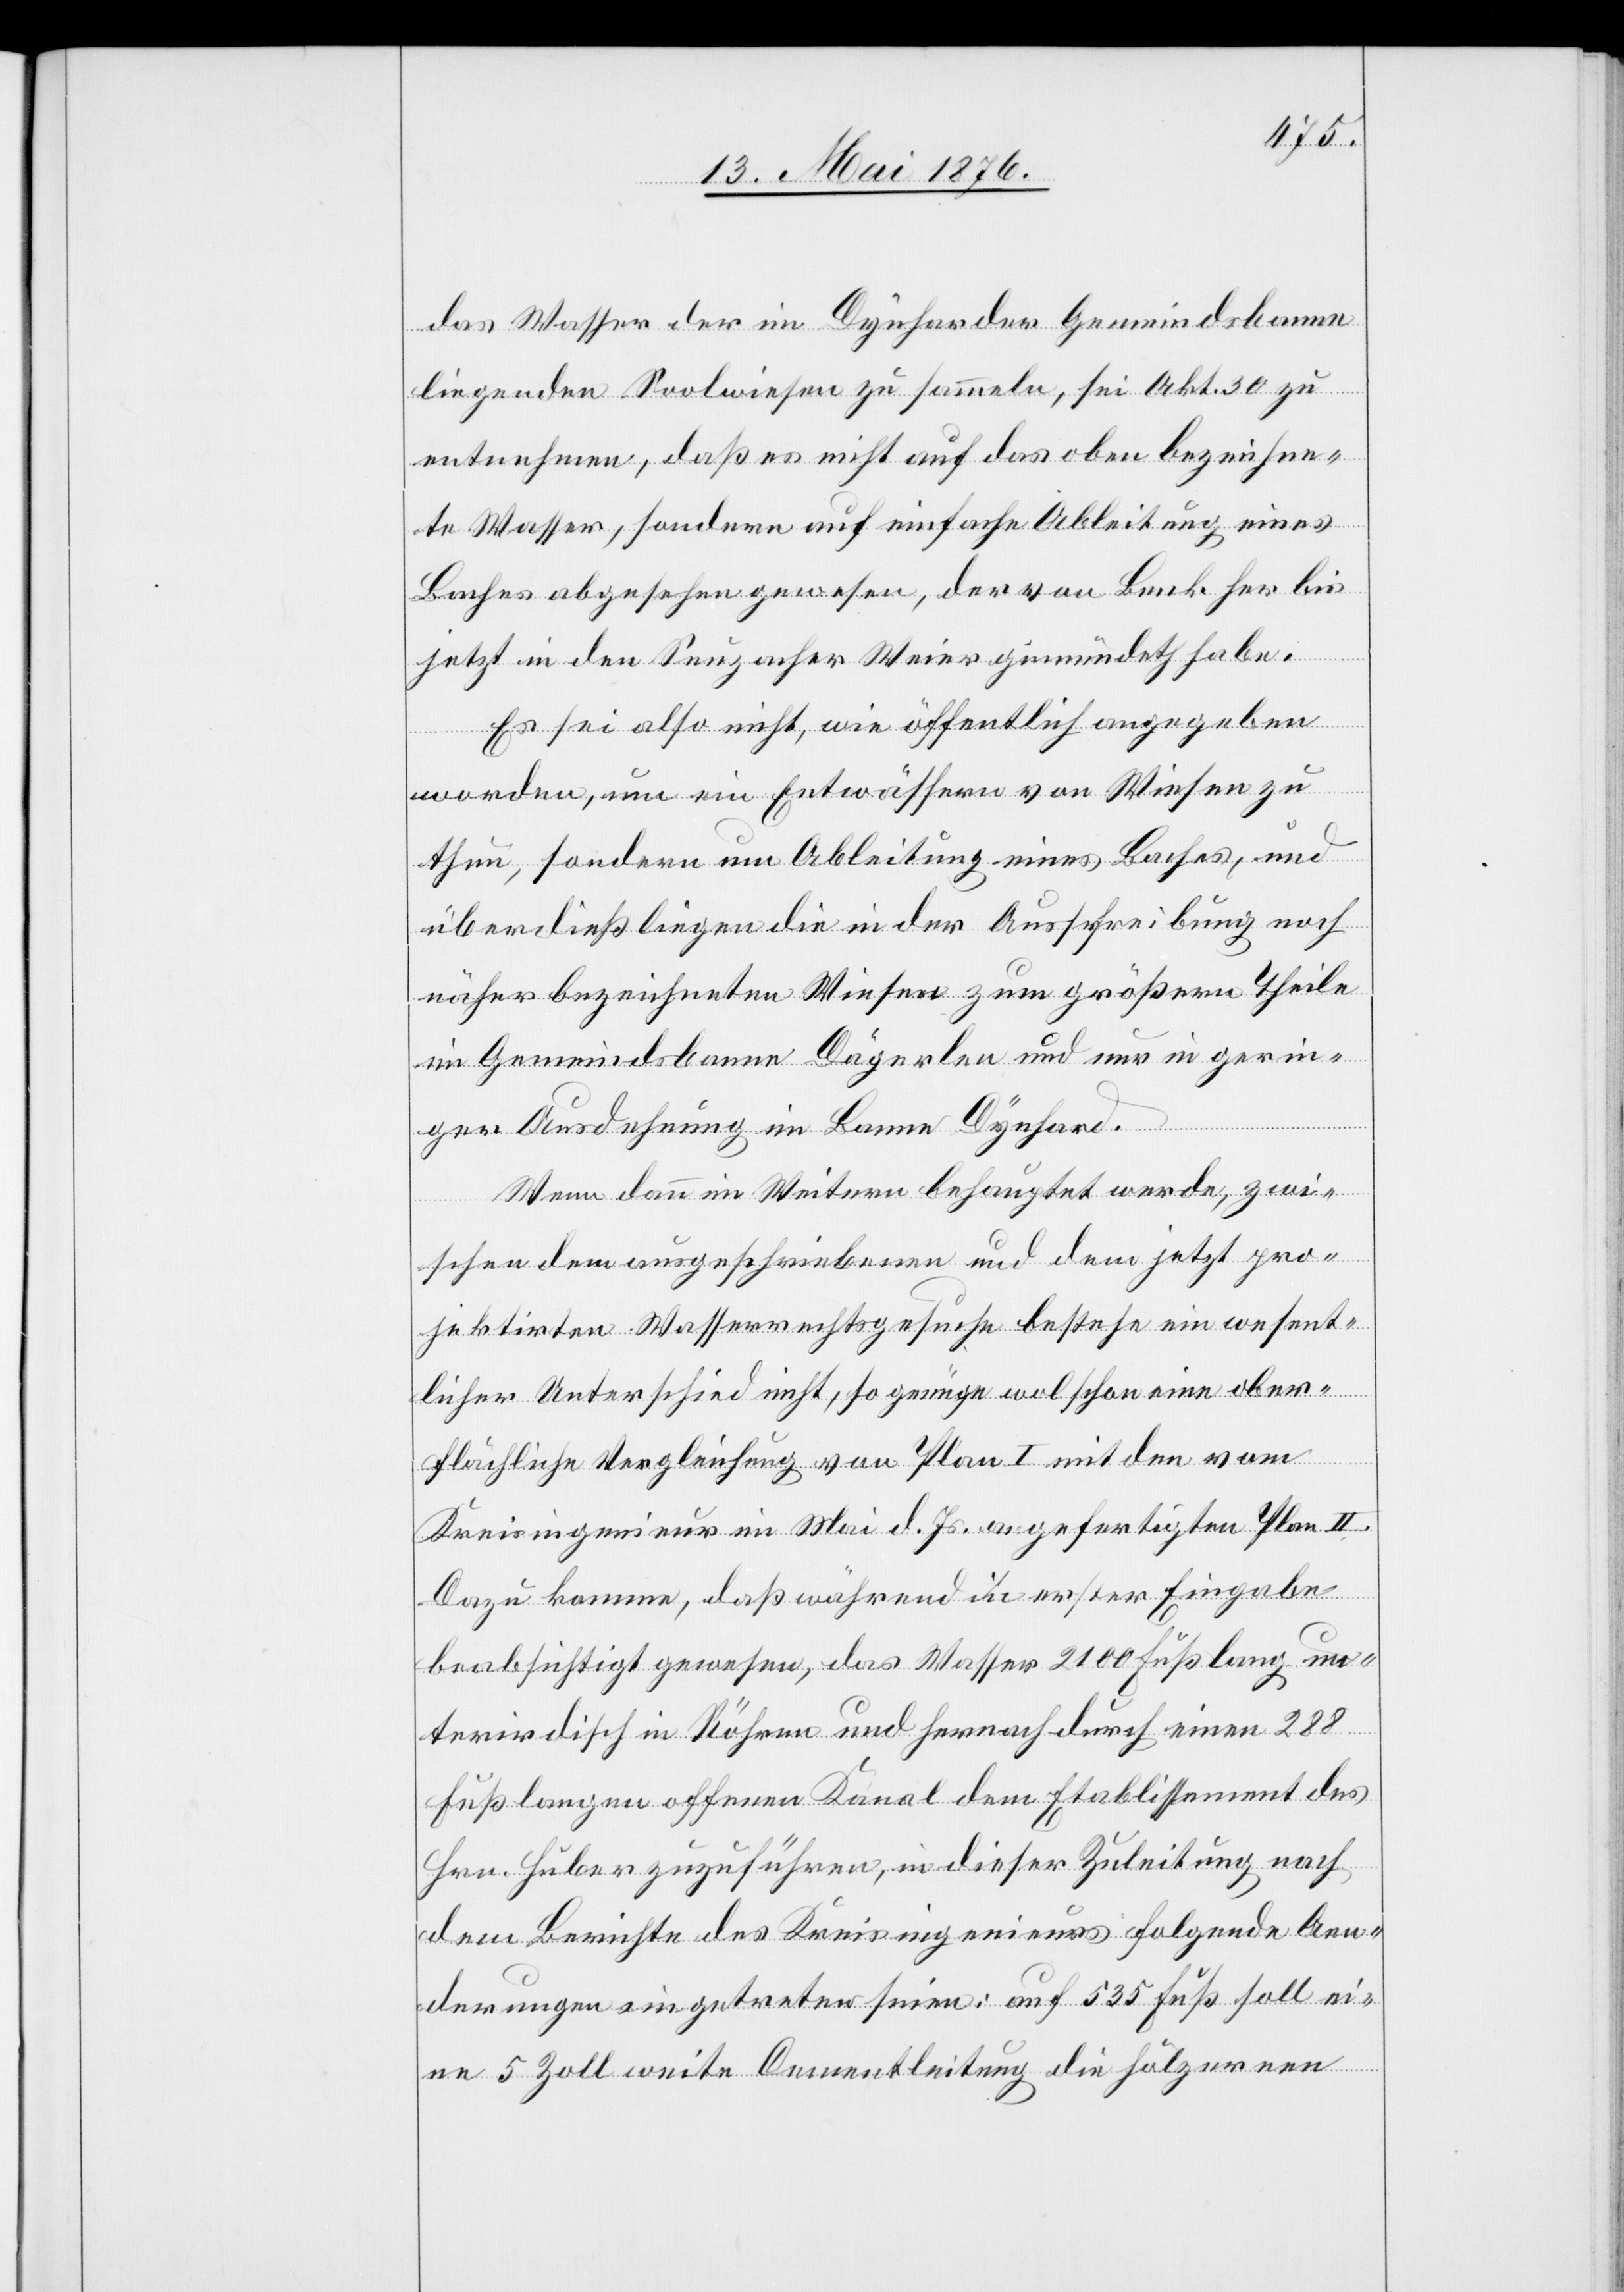
das Wasser der im Dynharder Gemeindebanne
liegenden Soolwiesen zu sammeln, sei Akt. 30 zu
entnehmen, daß es nicht auf das oben bezeichne¬
te Wasser, sondern auf einfache Ableitung eines
Baches abgesehen gewesen, der von Benk her bis
jetzt in den Seuzacher Weier gemündet habe.
Es sei also nicht, wie öffentlich angegeben
worden, um ein Entwässern von Wiesen zu
thun, sondern um Ableitung eines Baches, und
überdies liegen die in der Ausschreibung noch
näher bezeichneten Wiesen zum größern Theile
im Gemeindsbanne Dägerlen und nur in gerin¬
ger Ausdehnung im Banne Dynhard.
Wenn dann im Weitern behauptet werde, zwi¬
schen dem ausgeschriebenen und dem jetzt pro¬
jektirten Wasserrechtsgesuche bestehe ein wesent¬
licher Unterschied nicht, so genüge wol schon eine ober¬
flächliche Vergleichung von Plan I mit den
Kreisingenieur im Mai d. Js. angefertigten Plan II.
Dazu komme, daß während in erster Eingabe
beabsichtigt gewesen, das Wasser 2100 Fuß lang un¬
terirdisch in Röhren und hernach durch einen 288
Fuß langen offenen Kanal dem Etablissement des
Hrn. Huber zuzuführen, in dieser Zuleitung nach
dem Berichte des Kreisingenieurs folgende Aen¬
derungen eingetreten seien: auf 535 Fuß soll ei¬
ne 5 Zoll weite Cementleitung die hölzernen